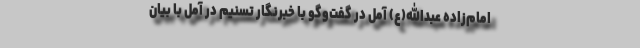
امام‌زاده عبدالله(ع) آمل در گفت‌وگو با خبرنگار تسنیم در آمل با بیان